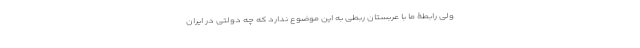
ولی رابطۀ ما با عربستان ربطی به این موضوع ندارد که چه دولتی در ایران